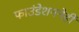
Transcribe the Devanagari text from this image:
फाउंडेशननेही